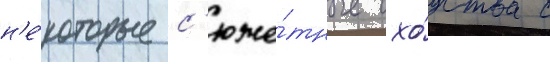
н'е́которые с'юже́тные схо́дства с